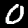
Digit: 0